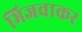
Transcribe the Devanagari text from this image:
भिजवाकर